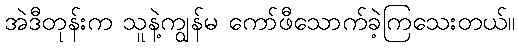
အဲဒီတုန်းက သူနဲ့ကျွန်မ ကော်ဖီသောက်ခဲ့ကြသေးတယ်။